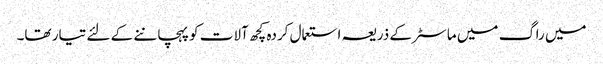
میں راگ میں ماسٹر کے ذریعہ استعمال کردہ کچھ آلات کو پہچاننے کے لئے تیار تھا۔